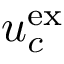
u _ { c } ^ { \mathrm { e x } }